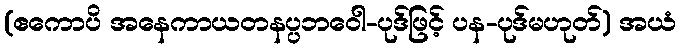
(ဧကောပိ အနေကာယတနပ္ပဘဝေါ-ပုဒ်ဖြင့် ပန-ပုဒ်မဟုတ်) အယံ